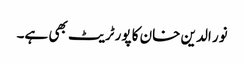
نور الدین خان کا پورٹریٹ بھی ہے۔